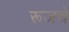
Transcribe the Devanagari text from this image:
रूजचे